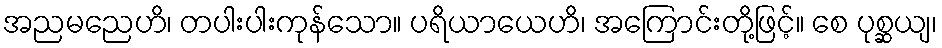
အညမညေဟိ၊ တပါးပါးကုန်သော။ ပရိယာယေဟိ၊ အကြောင်းတို့ဖြင့်။ စေ ပုစ္ဆယျ၊